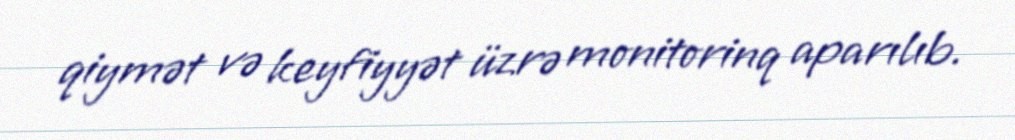
qiymət və keyfiyyət üzrə monitorinq aparılıb.